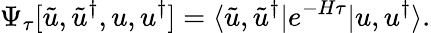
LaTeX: \Psi_{\tau}[\tilde{u},\tilde{u}^{\dagger},u,u^{\dagger}]=\langle\tilde{u},\tilde{u}^{\dagger}|e^{-H\tau}|u,u^{\dagger}\rangle.